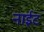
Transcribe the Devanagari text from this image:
नाईट